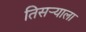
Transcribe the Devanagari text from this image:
तिसर्‍याला